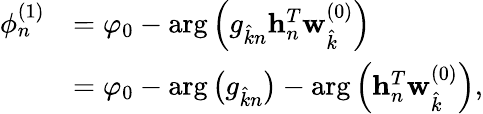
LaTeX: \begin{array}{rl}{\phi_{n}^{(1)}}&{=\varphi_{0}-\arg\left(g_{\hat{k}n}\mathbf{h}_{n}^{T}\mathbf{w}_{\hat{k}}^{(0)}\right)}\\ &{=\varphi_{0}-\arg\left(g_{\hat{k}n}\right)-\arg\left(\mathbf{h}_{n}^{T}\mathbf{w}_{\hat{k}}^{(0)}\right),}\end{array}